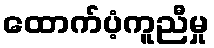
ထောက်ပံ့ကူညီမှု